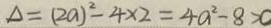
\Delta = ( 2 a ) ^ { 2 } - 4 \times 2 = 4 a ^ { 2 } - 8 > 0